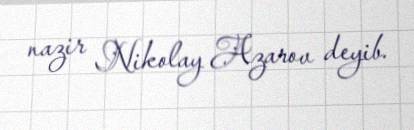
nazir Nikolay Azarov deyib.